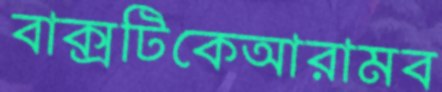
বাক্সটিকেআরামব